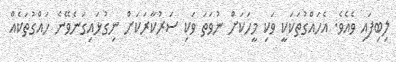
ލިބިފައި ވެއެވެ. އެހައްގުތަކަކީ ވަކި މީހަކަށް ނުވަތަ ވަކި ސަރުކާރަކަށް ނިގުޅައިގަނެވޭނެ ހައްގުތަކެއް